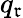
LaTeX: q_{\mathfrak{r}}